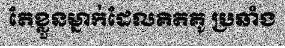
តែខ្លួនម្នាក់ដែលគិតគូ ប្រឆាំង